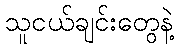
သူငယ်ချင်းတွေနဲ့